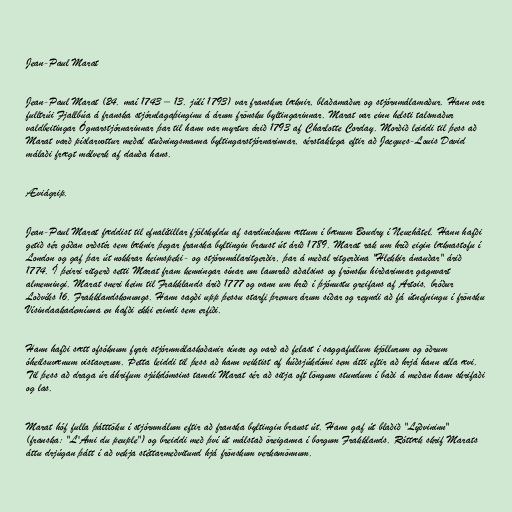
Jean-Paul Marat

Jean-Paul Marat (24. maí 1743 – 13. júlí 1793) var franskur læknir, blaðamaður og stjórnmálamaður. Hann var
fulltrúi Fjallbúa á franska stjórnlagaþinginu á árum frönsku byltingarinnar. Marat var einn helsti talsmaður
valdbeitingar Ógnarstjórnarinnar þar til hann var myrtur árið 1793 af Charlotte Corday. Morðið leiddi til þess að
Marat varð píslarvottur meðal stuðningsmanna byltingarstjórnarinnar, sérstaklega eftir að Jacques-Louis David
málaði frægt málverk af dauða hans.

Æviágrip.

Jean-Paul Marat fæddist til efnalítillar fjölskyldu af sardinískum ættum í bænum Boudry í Neuchâtel. Hann hafði
getið sér góðan orðstír sem læknir þegar franska byltingin braust út árið 1789. Marat rak um hríð eigin læknastofu í
London og gaf þar út nokkrar heimspeki- og stjórnmálaritgerðir, þar á meðal ritgerðina "Hlekkir ánauðar" árið
1774. Í þeirri ritgerð setti Marat fram kenningar sínar um launráð aðalsins og frönsku hirðarinnar gagnvart
almenningi. Marat sneri heim til Frakklands árið 1777 og vann um hríð í þjónustu greifans af Artois, bróður
Loðvíks 16. Frakklandskonungs. Hann sagði upp þessu starfi þremur árum síðar og reyndi að fá útnefningu í frönsku
Vísindaakademíuna en hafði ekki erindi sem erfiði.

Hann hafði sætt ofsóknum fyrir stjórnmálaskoðanir sínar og varð að felast í saggafullum kjöllurum og öðrum
óheilsuvænum vistaverum. Þetta leiddi til þess að hann veiktist af húðsjúkdómi sem átti eftir að hrjá hann alla ævi.
Til þess að draga úr áhrifum sjúkdómsins tamdi Marat sér að sitja oft löngum stundum í baði á meðan hann skrifaði
og las.

Marat hóf fulla þátttöku í stjórnmálum eftir að franska byltingin braust út. Hann gaf út blaðið "Lýðvininn"
(franska: "L'Ami du peuple") og breiddi með því út málstað öreiganna í borgum Frakklands. Róttæk skrif Marats
áttu drjúgan þátt í að vekja stéttarmeðvitund hjá frönskum verkamönnum.